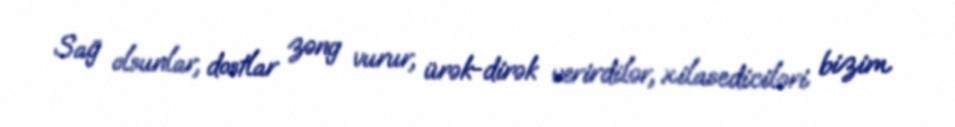
Sağ olsunlar, dostlar zəng vurur, ürək-dirək verirdilər, xilasediciləri bizim